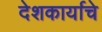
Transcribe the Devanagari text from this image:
देशकार्याचे